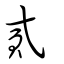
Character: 貳